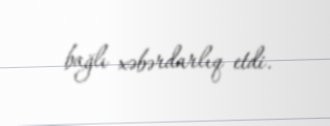
bağlı xəbərdarlıq etdi.